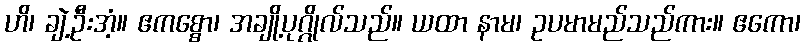
ဟိ၊ ချဲ့ဦးအံ့။ ဧကစ္စော၊ အချို့ပုဂ္ဂိုလ်သည်။ ယထာ နာမ၊ ဥပမာမည်သည်ကား။ ဧကော၊